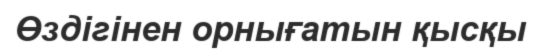
Өздігінен орнығатын қысқы